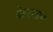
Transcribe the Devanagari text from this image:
बेहरस्तान